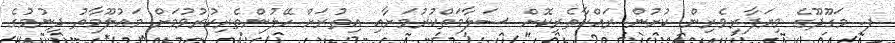
ފ. މަގޫދޫގެ ވިޔަފާރިވެރިން ކުށުން ރައްކާތެރިކޮށް ސަލާމަތްކުރުމަށާއި އިތުރަށް ހޭލުންތެރިކުރުވުމަށް މައުލޫމާތު ދިނުމުގެ